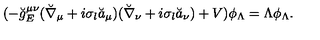
( - \breve { g } _ { E } ^ { \mu \nu } ( \breve { \nabla } _ { \mu } + i \sigma _ { l } \breve { a } _ { \mu } ) ( \breve { \nabla } _ { \nu } + i \sigma _ { l } \breve { a } _ { \nu } ) + V ) \phi _ { \Lambda } = \Lambda \phi _ { \Lambda } .